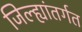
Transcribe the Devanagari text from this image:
जिल्ह्यांतर्गत